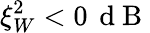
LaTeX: \xi_{W}^{2}<0\, \mathrm{~d~B~}